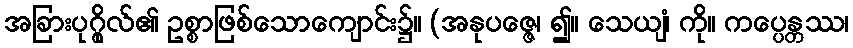
အခြားပုဂ္ဂိုလ်၏ ဥစ္စာဖြစ်သောကျောင်း၌။ (အနုပဇ္ဇေ၊ ၍။ သေယျံ၊ ကို။ ကပ္ပေန္တဿ၊